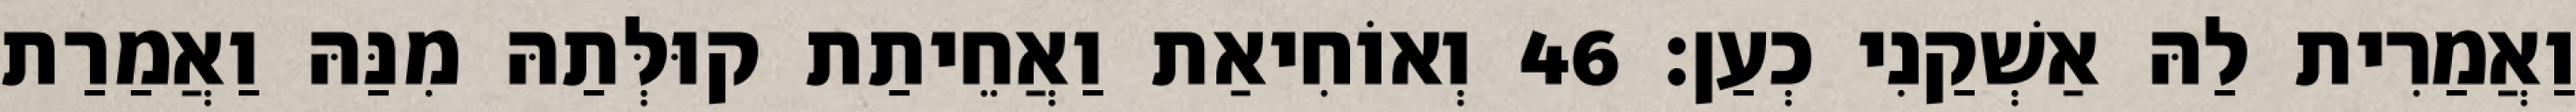
וַאֲמַרִית לַהּ אַשְׁקַנִי כְעַן׃ 46 וְאוֹחִיאַת וַאֲחֵיתַת קוּלְּתַהּ מִנַּהּ וַאֲמַרַת